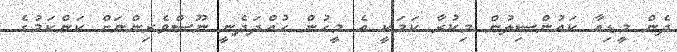
ދެން މީޑިއާ ކައުންސިލުން މިކުރާ ކަމަކީ އެ މީހުން ހުއްދަދެނީ ނޫސްވެރިންނަށް ކަންކަމުގެ